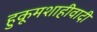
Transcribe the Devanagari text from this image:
हुकूमशाहीवादी